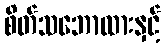
စိတ်သဘောထားနှင့်